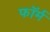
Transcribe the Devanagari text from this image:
फाॅर्म